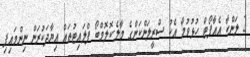
2 ލަންކާ އެއާޕޯޓް ހުޅުވުމާ އެކު ސްރީލަންކަންގެ މާލެ-ކޮލޮމްބޯ ފްލައިޓުތައް އިޔާދަކުރަން ނިންމައިފި